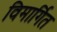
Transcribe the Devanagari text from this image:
विमार्गित